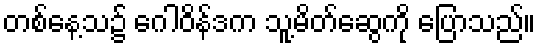
တစ်နေ့သ၌ ဂေါဝိန်ဒက သူ့မိတ်ဆွေကို ပြောသည်။